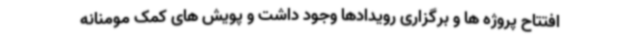
افتتاح پروژه ‌ها و برگزاری رویدادها وجود داشت و پویش های کمک مومنانه